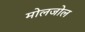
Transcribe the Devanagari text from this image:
मोलजोल